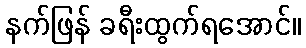
နက်ဖြန် ခရီးထွက်ရအောင်။